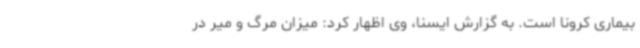
بیماری کرونا است. به گزارش ایسنا، وی اظهار کرد: میزان مرگ و میر در